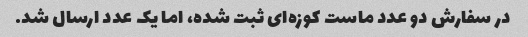
در سفارش دو عدد ماست کوزه‌ای ثبت شده، اما یک عدد ارسال شد.